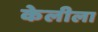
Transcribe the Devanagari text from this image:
केलीला